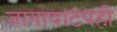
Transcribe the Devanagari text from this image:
जागावाटपही